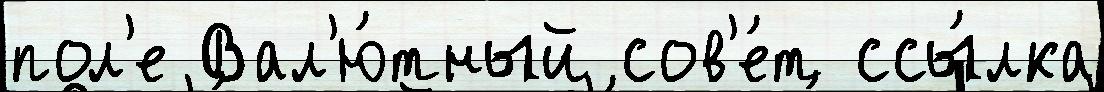
пол'е Вал'ю́тный сов'е́т ссы́лка